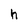
Character: h